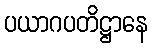
ပယာဂပတိဋ္ဌာနေ